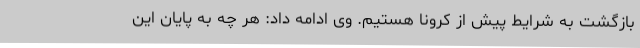
بازگشت به شرایط پیش از کرونا هستیم. وی ادامه داد: هر چه به پایان این